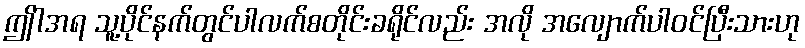
ဤါအရ သူ့ပိုင်နက်တွင်ပါလက်စတိုင်းခရိုင်လည်း အလို အလျောက်ပါဝင်ပြီးသားဟု